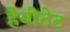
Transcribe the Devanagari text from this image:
हैबीटेट